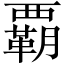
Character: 覇